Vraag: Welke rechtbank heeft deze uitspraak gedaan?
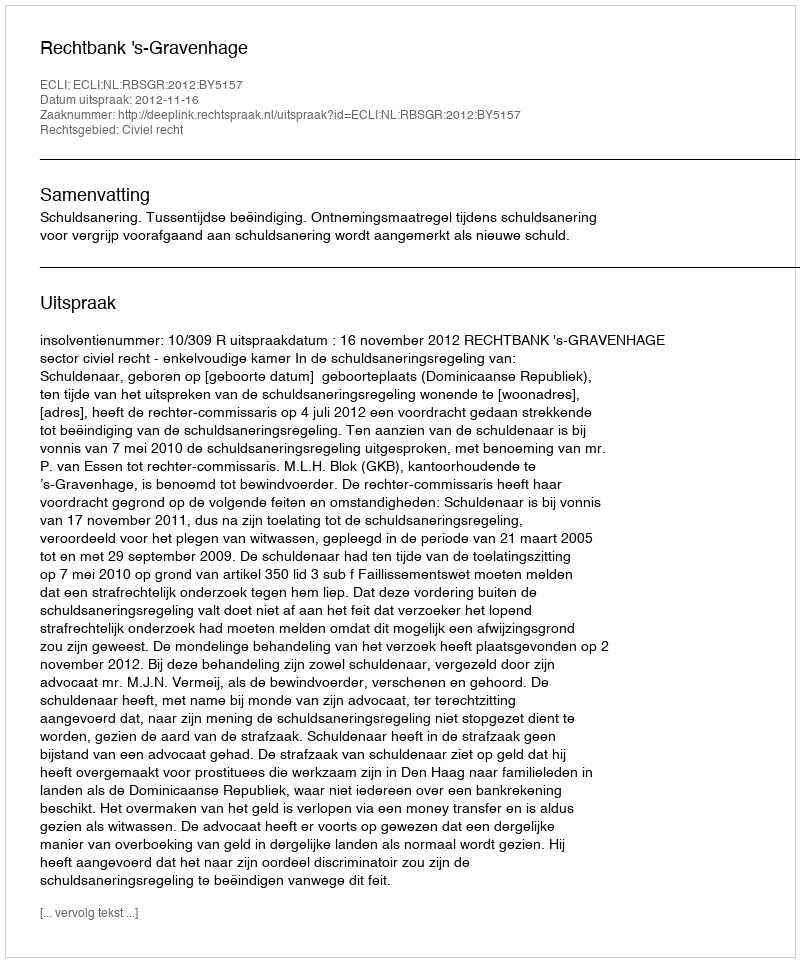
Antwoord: Rechtbank 's-Gravenhage